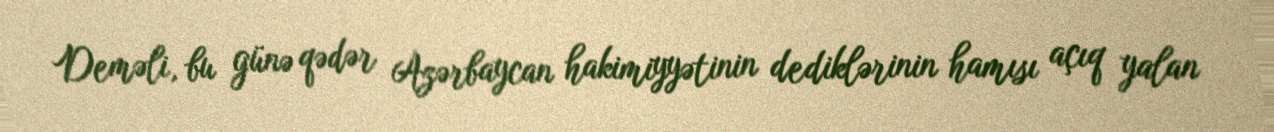
Deməli, bu günə qədər Azərbaycan hakimiyyətinin dediklərinin hamısı açıq yalan